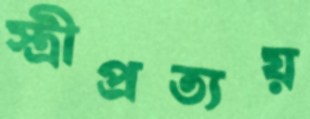
স্ত্রীপ্রত্যয়